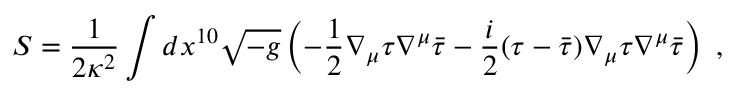
S = \frac { 1 } { 2 \kappa ^ { 2 } } \int d x ^ { 1 0 } \sqrt { - g } \left( - \frac { 1 } { 2 } \nabla _ { \mu } \tau \nabla ^ { \mu } \bar { \tau } - \frac { i } { 2 } ( \tau - \bar { \tau } ) \nabla _ { \mu } \tau \nabla ^ { \mu } \bar { \tau } \right) ~ ,